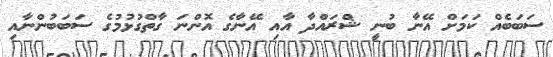
ސަބަބެއް ކަމަށް އޭނާ ބުނީ ޝްރައްދާ އާއި އޭނާގެ އޮންނަ ގާތްގުޅުމުގެ ސަބަބުންނާއި